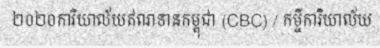
២០២០ការិយាល័យឥណទានកម្ពុជា (CBC) / កម្ចីការិយាល័យ